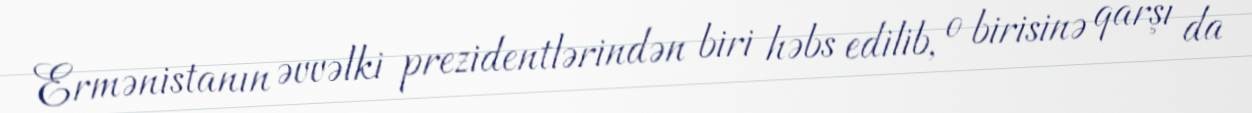
Ermənistanın əvvəlki prezidentlərindən biri həbs edilib, o birisinə qarşı da